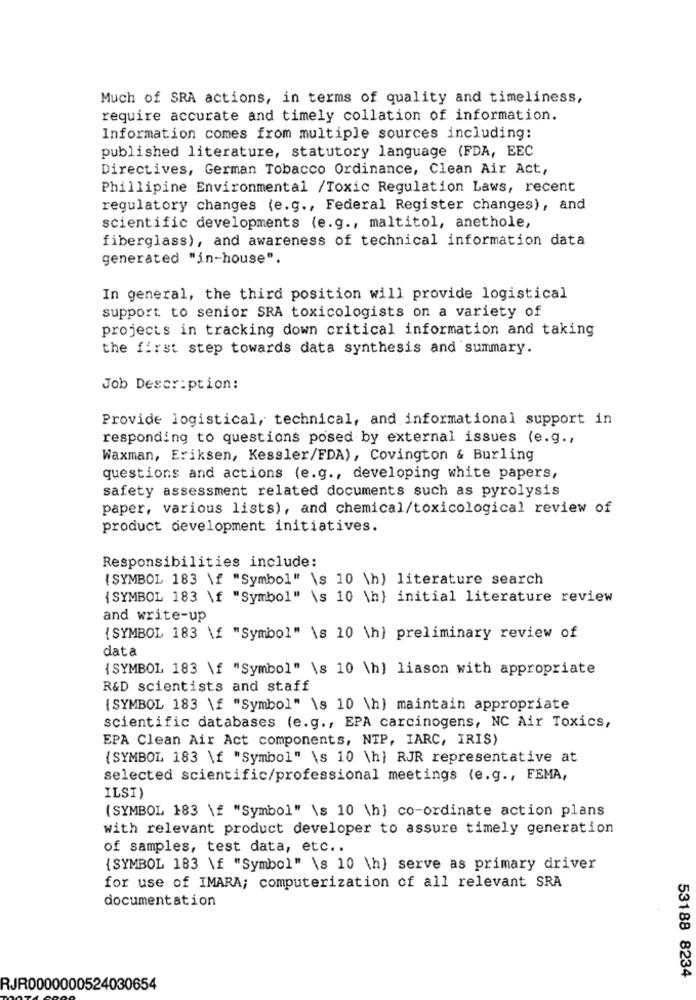
Much of SRA actions, in terms of quality and timeliness,
require accurate and timely collation of information.
Information comes from multiple sources including:
published literature, statutory language (FDA, EEC
Directives, German Tobacco Ordinance, Clean Air Act,
Phillipine Environmental /Toxic Regulation Laws, recent
regulatory changes (e.g ., Federal Register changes), and
scientific developments (e.g ., maltitol, anethole,
fiberglass), and awareness of technical information data
generated "in-house".
In general, the third position will provide logistical
support to senior SRA toxicologists on a variety of
projects in tracking down critical information and taking
the first step towards data synthesis and summary.
Job Description:
Provide logistical, technical, and informational support in
responding to questions posed by external issues (e.g .,
Waxman, Eriksen, Kessler/FDA), Covington & Burling
questions and actions (e.g ., developing white papers,
safety assessment related documents such as pyrolysis
paper, various lists), and chemical/toxicological review of
product development initiatives.
Responsibilities include:
( SYMBOL 183 \f "Symbol" \s 10 h) literature search
{SYMBOL 183 \f "Symbol" \s 10 \h} initial literature review
and write-up
{SYMBOL 183 \f "Symbol" \s 10 \h} preliminary review of
data
{SYMBOL 183 \f "Symbol" \s 10 \h) liason with appropriate
R&D scientists and staff
(SYMBOL 183 \f "Symbol" \s 10 \h) maintain appropriate
scientific databases (e.g ., EPA carcinogens, NC Air Toxics,
EPA Clean Air Act components, NTP, IARC, IRIS)
{SYMBOL 183 \f "Symbol" \s 10 \h) RJR representative at
selected scientific/professional meetings (e.g ., FEMA,
ILSI)
( SYMBOL 183 \ "Symbol" \s 10 h) co-ordinate action plans
with relevant product developer to assure timely generation
of samples, test data, etc ..
{SYMBOL 183 \f "Symbol" \s 10 \h] serve as primary driver
for use of IMARA; computerization of all relevant SRA
documentation
53188 8234
RJR0000000524030654